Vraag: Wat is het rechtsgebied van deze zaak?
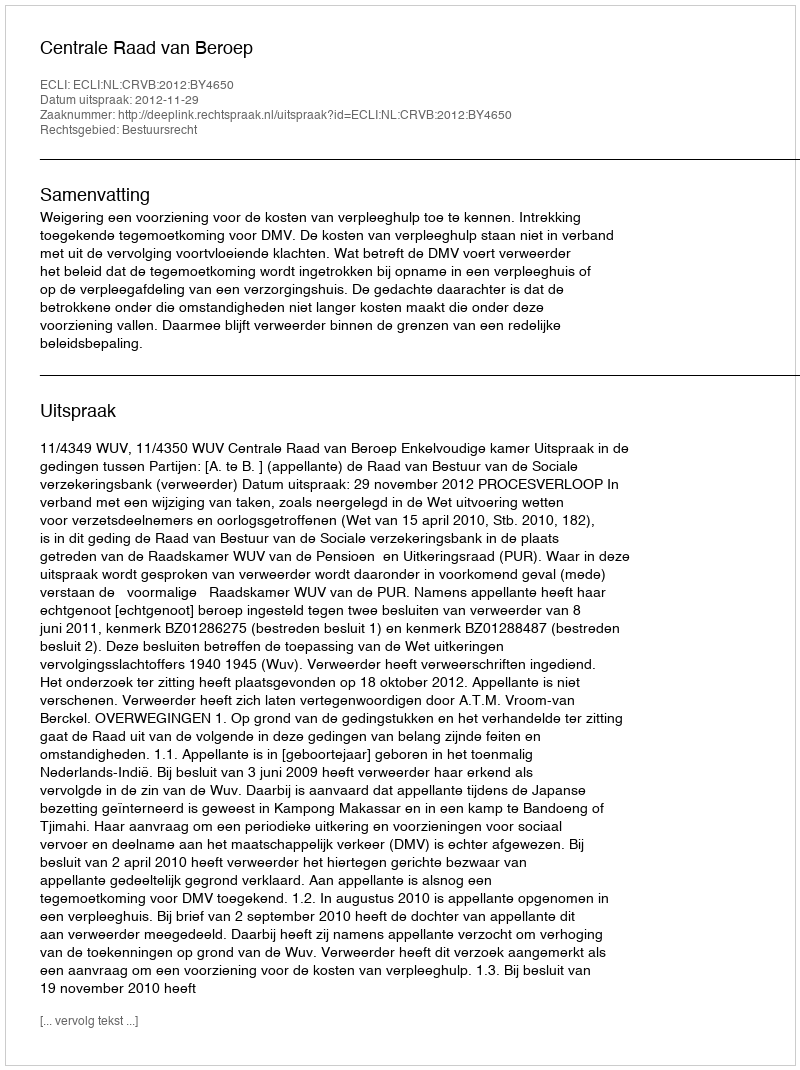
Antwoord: Bestuursrecht